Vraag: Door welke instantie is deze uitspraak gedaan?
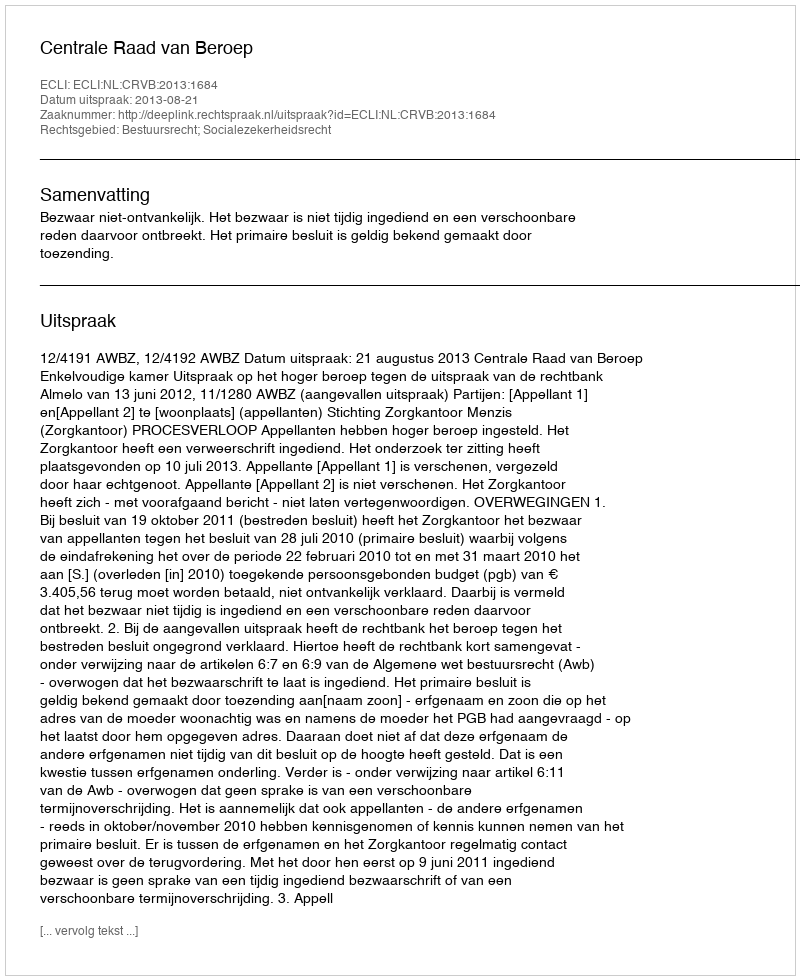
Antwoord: Centrale Raad van Beroep